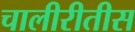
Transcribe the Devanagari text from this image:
चालीरीतीस